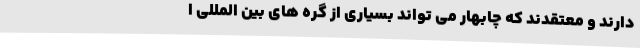
دارند و معتقدند که چابهار می تواند بسیاری از گره های بین المللی ا